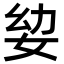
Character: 𭑵